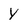
Character: Y